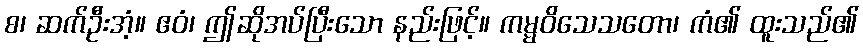
စ၊ ဆက်ဦးအံ့။ ဧဝံ၊ ဤဆိုအပ်ပြီးသော နည်းဖြင့်။ ကမ္မဝိသေသတော၊ ကံ၏ ထူးသည်၏